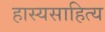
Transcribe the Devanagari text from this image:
हास्यसाहित्य